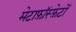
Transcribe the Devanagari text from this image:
मेटाफ़ॉस्फ़ेटों